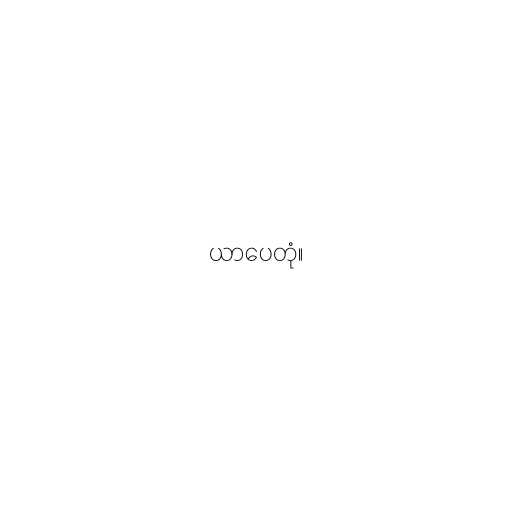
ယာပေတုံ။